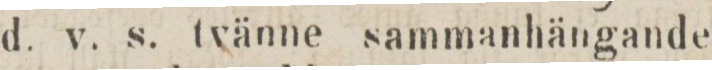
d. v. s. tvänne sammanhängande